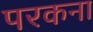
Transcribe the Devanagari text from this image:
परकना